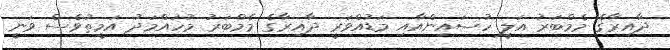
ދާއިރާގެ މެމްބަރު އަލީ ހުސައިންއާއި މަޑުއްވަރީ ދާއިރާގެ މެމްބަރު މުހައްމަދު އަމީތުވެސް ވަނީ